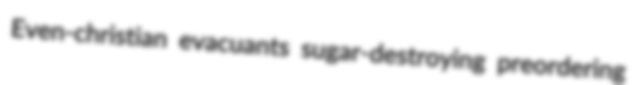
Even-christian evacuants sugar-destroying preordering